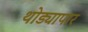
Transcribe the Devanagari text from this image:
थोड्यापार